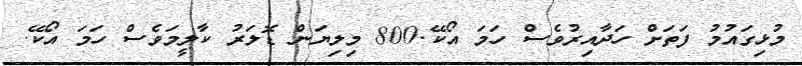
މުޅިގައުމު ފަތަށް ހަދާއިރުވެސް ހަމަ އޯކޭ.800 މިލިޔަން ޑޮލަރު ކާލީމަވެސް ހަމަ އޯކޭ.